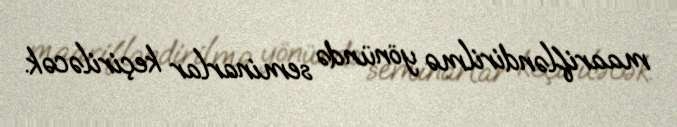
maarifləndirilmə yönündə seminarlar keçiriləcək.